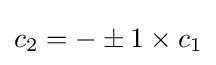
c_{2}=-\pm 1\times c_{1}